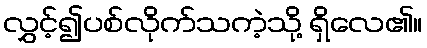
လွှင့်၍ပစ်လိုက်သကဲ့သို့ ရှိလေ၏။